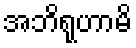
အဘိရုဟာမိ